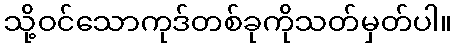
သို့ဝင်သောကုဒ်တစ်ခုကိုသတ်မှတ်ပါ။